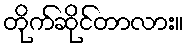
တိုက်ဆိုင်တာလား။